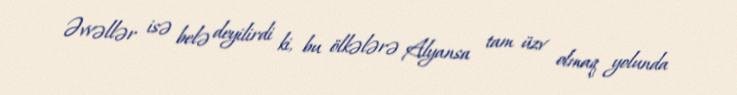
Əvvəllər isə belə deyilirdi ki, bu ölkələrə Alyansa tam üzv olmaq yolunda